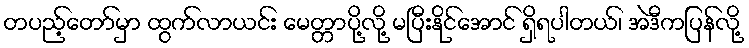
တပည့်တော်မှာ ထွက်လာယင်း မေတ္တာပို့လို့ မပြီးနိုင်အောင် ရှိရပါတယ်၊ အဲဒီကပြန်လို့